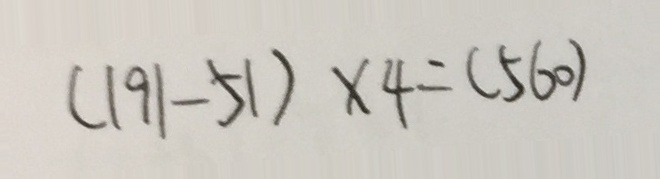
( 1 9 1 - 5 1 ) \times 4 = ( 5 6 0 )